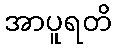
အာပူရတိ